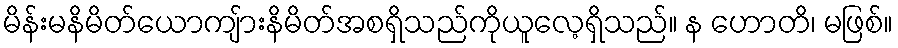
မိန်းမနိမိတ်ယောကျ်ားနိမိတ်အစရှိသည်ကိုယူလေ့ရှိသည်။ န ဟောတိ၊ မဖြစ်။